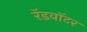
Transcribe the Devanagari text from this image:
रॅडवॉटर